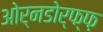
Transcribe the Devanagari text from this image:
ओर्नडोर्फ्फ़